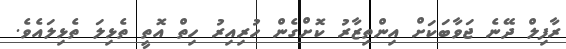
ރާފިލް ދޭނެ ޖަވާބަކަށް އިންތިޒާރު ކޮށްގެން ހުރިއިރު ހިތް އޮތީ ތެޅިލަ ތެޅިލައެވެ.